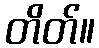
တိတ်။